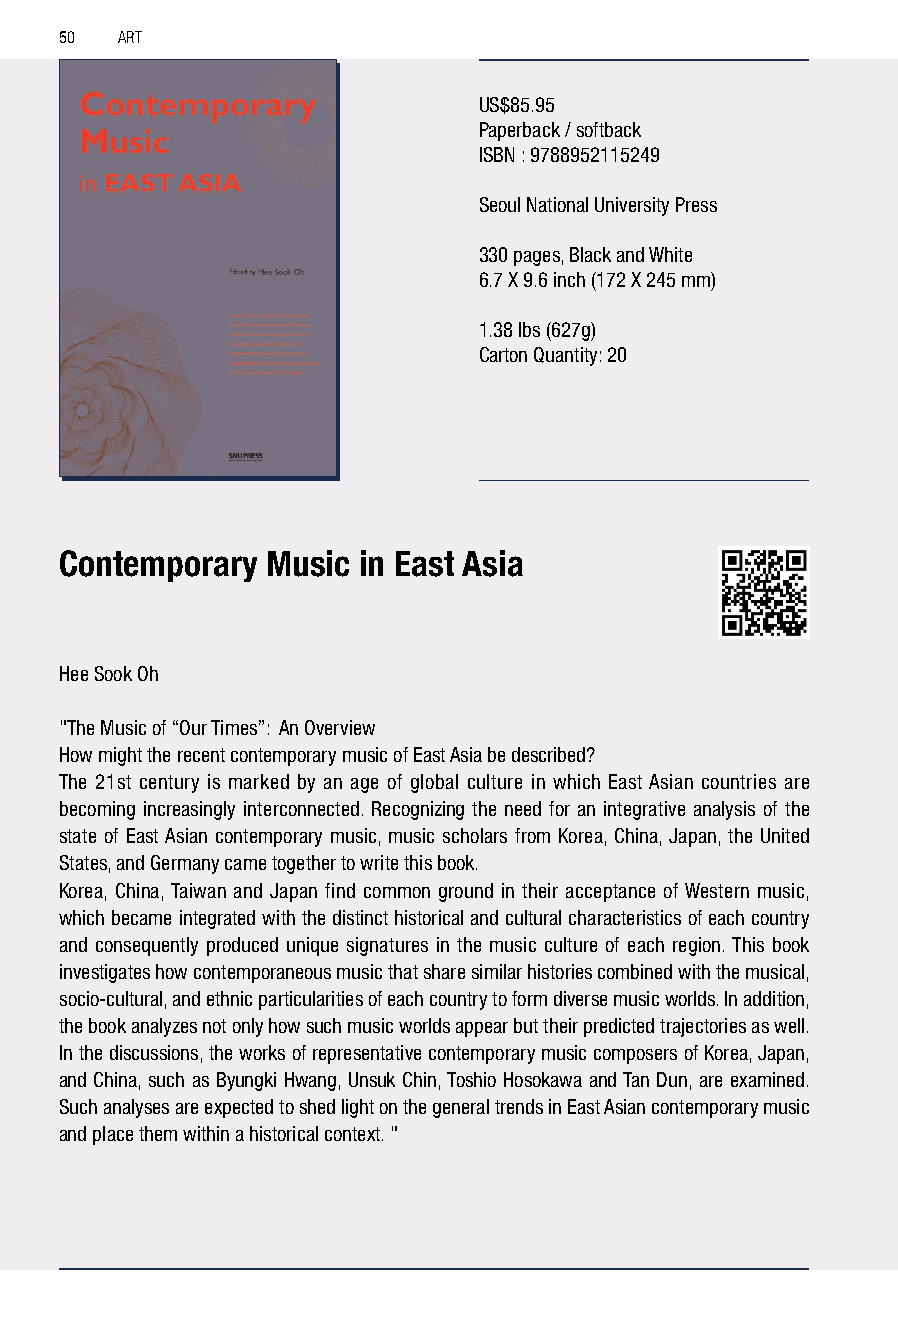
50  ART
 US$85.95
 Paperback / softback
 ISBN : 9788952115249
 Seoul National University Press
 330 pages, Black and White
 6.7 X 9.6 inch (172 X 245 mm)
 1.38 lbs (627g)
 Carton Quantity: 20
 Contemporary  Music in East Asia
 Hee Sook Oh
 "The Music of “Our Times”: An Overview
 How might the recent contemporary music of East Asia be described?
 The 21st century is marked by an age of global culture in which East Asian countries are
 becoming increasingly interconnected. Recognizing the need for an integrative analysis of the
 state of East Asian contemporary music, music scholars from Korea, China, Japan, the United
 States, and Germany came together to write this book.
 Korea, China, Taiwan and Japan find common ground in their acceptance of Western music,
 which became integrated with the distinct historical and cultural characteristics of each country
 and consequently produced unique signatures in the music culture of each region. This book
 investigates how contemporaneous music that share similar histories combined with the musical,
 socio-cultural, and ethnic particularities of each country to form diverse music worlds. In addition,
 the book analyzes not only how such music worlds appear but their predicted trajectories as well.
 In the discussions, the works of representative contemporary music composers of Korea, Japan,
 and China, such as Byungki Hwang, Unsuk Chin, Toshio Hosokawa and Tan Dun, are examined.
 Such analyses are expected to shed light on the general trends in East Asian contemporary music
 and place them within a historical context. "